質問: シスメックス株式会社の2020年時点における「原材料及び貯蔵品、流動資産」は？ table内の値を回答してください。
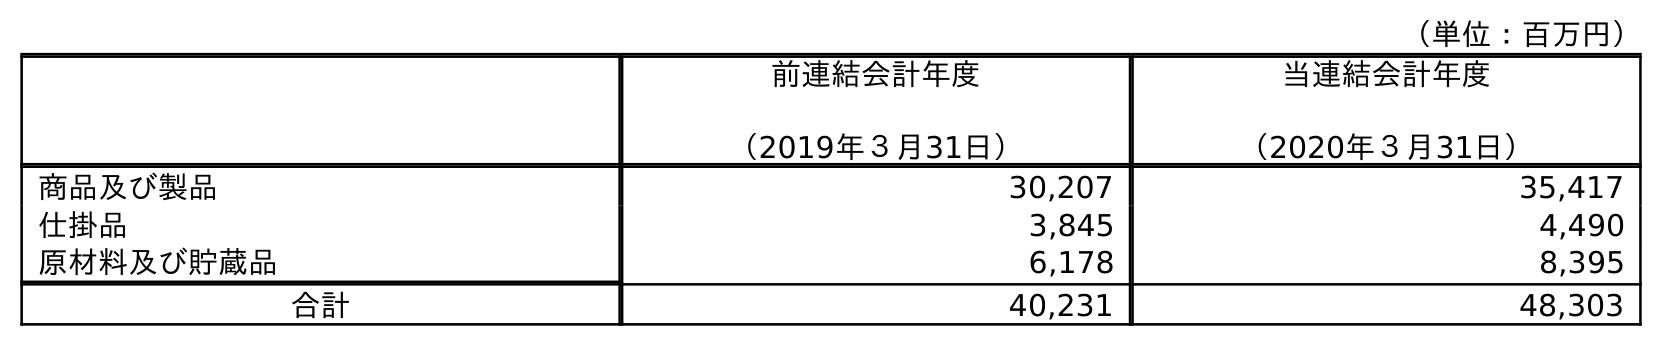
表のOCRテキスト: （単位：百万円） 前連結会計年度 （2019年３月31日） 当連結会計年度 （2020年３月31日） 商品及び製品 30,207 35,417 仕掛品 3,845 4,490 原材料及び貯蔵品 6,178 8,395 合計 40,231 48,303
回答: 8,395